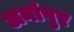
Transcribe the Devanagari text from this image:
अमांपुर